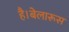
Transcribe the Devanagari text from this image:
है।बेलारूस